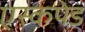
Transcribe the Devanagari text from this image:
एस्कपेड